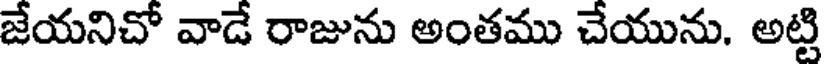
జేయనిచో వాడే రాజును అంతము చేయును. అట్టి